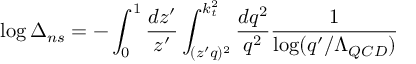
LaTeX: \log \Delta _ { n s } = - \int _ { 0 } ^ { 1 } \frac { d z ^ { \prime } } { z ^ { \prime } } \int _ { ( z ^ { \prime } q ) ^ { 2 } } ^ { k _ { t } ^ { 2 } } \frac { d q ^ { 2 } } { q ^ { 2 } } \frac { 1 } { \log ( q ^ { \prime } / \Lambda _ { Q C D } ) }